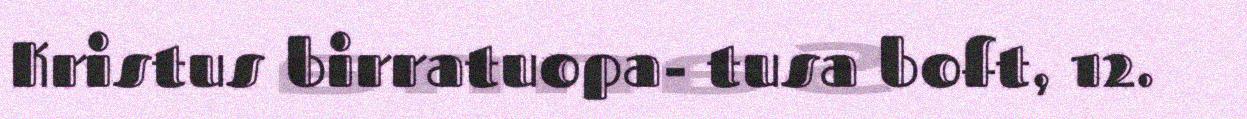
Kristus birratuopa- tusa boft, 12.